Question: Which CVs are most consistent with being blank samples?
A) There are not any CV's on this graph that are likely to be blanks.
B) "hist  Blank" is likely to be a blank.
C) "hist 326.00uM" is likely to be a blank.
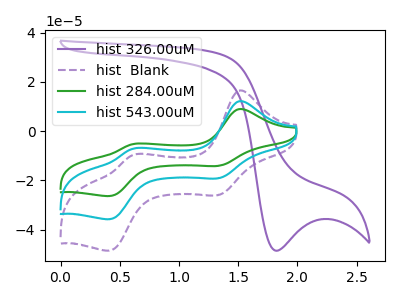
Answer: <think>The purple curve "hist 326.00uM" has a cathodic peak at: (1.80V, -48.60uA). The purple dashed curve "hist  Blank" has anodic peaks at (1.50V, 16.45uA) (0.60V, -9.70uA) and cathodic peaks at (1.35V, -26.05uA) (0.40V, -48.55uA). The green curve "hist 284.00uM" has anodic peaks at (1.50V, 24.25uA) (0.60V, -14.30uA) and cathodic peaks at (1.35V, -38.40uA) (0.40V, -71.55uA). The cyan curve "hist 543.00uM" has anodic peaks at (1.50V, 12.10uA) (0.60V, -7.15uA) and cathodic peaks at (1.35V, -19.20uA) (0.40V, -35.80uA).</think>
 <answer>A) There are not any CV's on this graph that are likely to be blanks.</answer>
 <eval>A</eval>